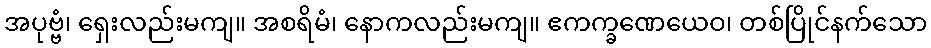
အပုဗ္ဗံ၊ ရှေးလည်းမကျ။ အစရိမံ၊ နောကလည်းမကျ။ ဧကက္ခဏေယေဝ၊ တစ်ပြိုင်နက်သော